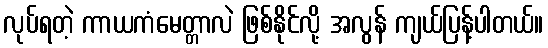
လုပ်ရတဲ့ ကာယကံမေတ္တာလဲ ဖြစ်နိုင်လို့ အလွန် ကျယ်ပြန့်ပါတယ်။